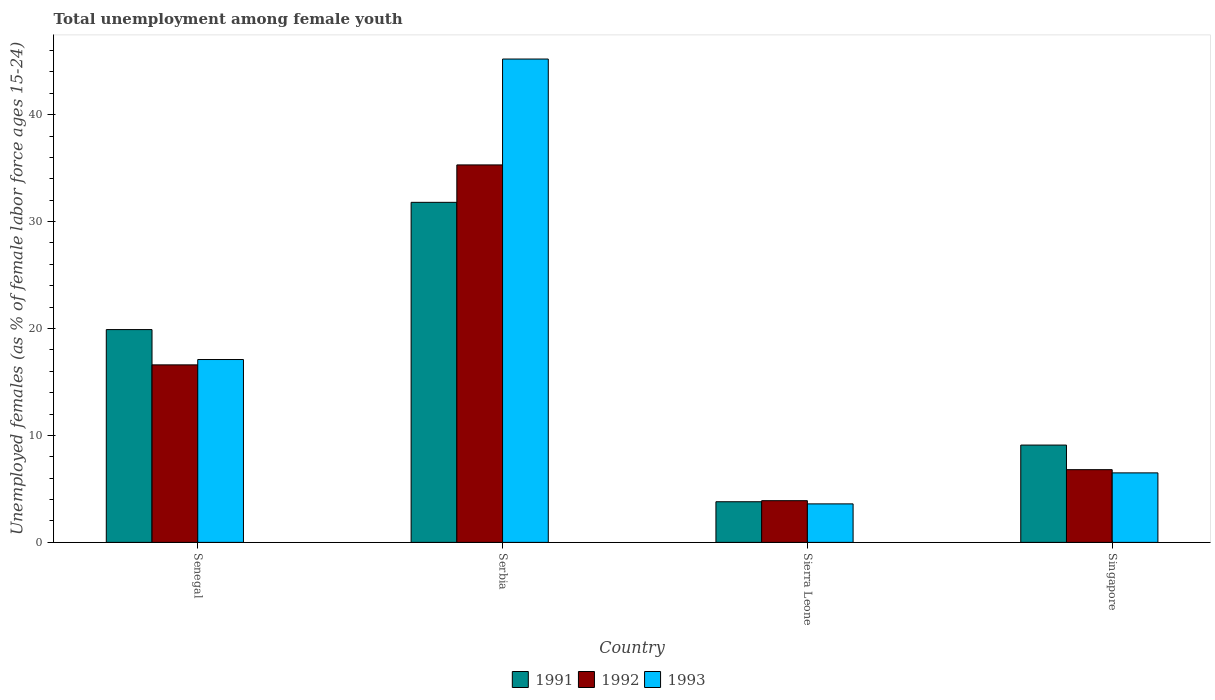
| Country | 1991 | 1992 | 1993 |
 | --- | --- | --- | --- |
 | Senegal | 19.9 | 16.6 | 17.1 |
 | Serbia | 31.8 | 35.3 | 45.2 |
 | Sierra Leone | 3.8 | 3.9 | 3.6 |
 | Singapore | 9.1 | 6.8 | 6.5 |